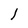
Character: l